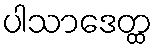
ပါသာဒေတ္ထ